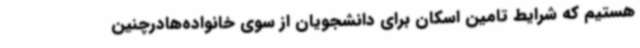
هستیم که شرایط تامین اسکان برای دانشجویان از سوی خانواده‌هادرچنین